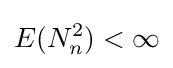
E(N_{n}^{2})<\infty